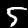
Digit: 5